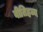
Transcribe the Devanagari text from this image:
वीतिहव्य